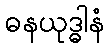
ဓနယုဒ္ဓါနံ